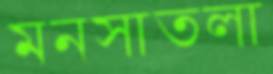
মনসাতলা